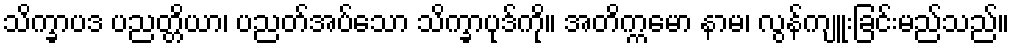
သိက္ခာပဒ ပညတ္တိယာ၊ ပညတ်အပ်သော သိက္ခာပုဒ်ကို။ အတိက္ကမော နာမ၊ လွန်ကျူးခြင်းမည်သည်။